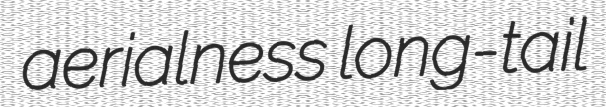
aerialness long-tail